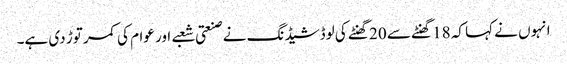
انہوں نے کہا کہ 18 گھنٹے سے 20 گھنٹے کی لوڈشیڈنگ نے صنعتی شعبے اور عوام کی کمر توڑ دی ہے۔